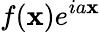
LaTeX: f(\mathbf{x})e^{ia\mathbf{x}}